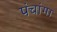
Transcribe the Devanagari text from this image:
पंचांगा